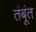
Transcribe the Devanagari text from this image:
तंबूंत